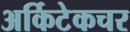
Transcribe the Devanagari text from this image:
अर्किटेकचर